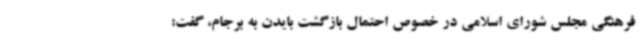
فرهنگی مجلس شورای اسلامی در خصوص احتمال بازگشت بایدن به برجام، گفت: